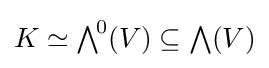
K\simeq {\textstyle \bigwedge }^{\!0}(V)\subseteq {\textstyle \bigwedge }(V)